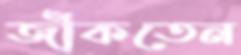
জাঁকতেন